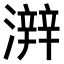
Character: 𤀫